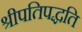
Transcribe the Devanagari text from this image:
श्रीपतिपद्धति